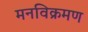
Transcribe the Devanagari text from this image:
मनविक्रमण